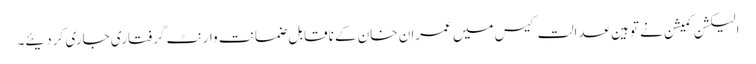
الیکشن کمیشن نے توہین عدالت کیس میں عمران خان کے ناقابل ضمانت وارنٹ گرفتاری جاری کر دیئے۔